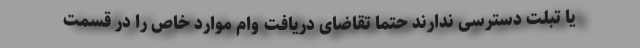
یا تبلت دسترسی ندارند حتما تقاضای دریافت وام موارد خاص را در قسمت